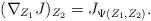
LaTeX: \begin{align*}(\nabla_{Z_1}J)_{Z_2}= J_{\Psi(Z_1,Z_2)}.\end{align*}